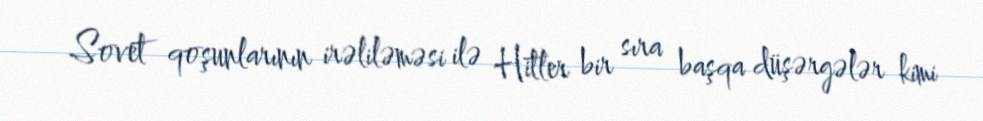
Sovet qoşunlarının irəliləməsi ilə Hitler bir sıra başqa düşərgələr kimi